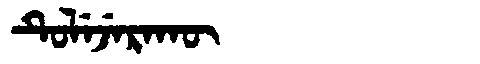
Manchu: ᡨᡠᠯᡝᠵᡝᡵᠠᡴᡡ
Romanization: TULEJERAKŪ